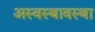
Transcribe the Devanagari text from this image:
अस्वस्थावस्था